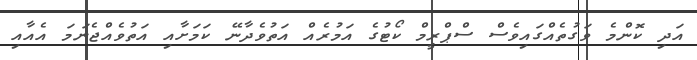
އަދި ކޮންމެ ވަގުތެއްގައިވެސް ސްޕްރީމް ކޯޓުގެ އަމުރެއް އަތުވެދާނޭ ކަމަށާއި އަތުވެއްޖެނަމަ އެއާއި